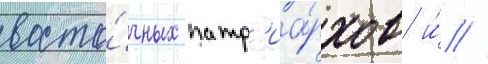
восто́чных патр'иа́рхов и́ /